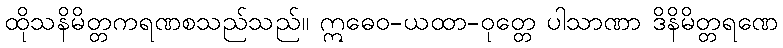
ထိုသနိမိတ္တကရဏစသည်သည်။ ဣဓေဝ-ယထာ-ဝုတ္တေ ပါသာဏာ ဒိနိမိတ္တရဏေ